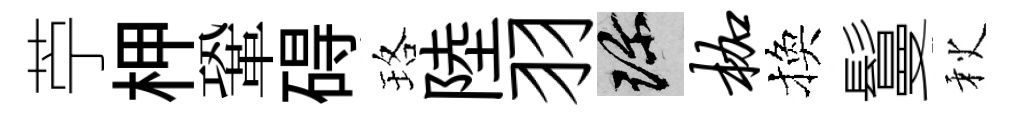
苧柙鞏碍珞陸羽珍枷換鬘秋